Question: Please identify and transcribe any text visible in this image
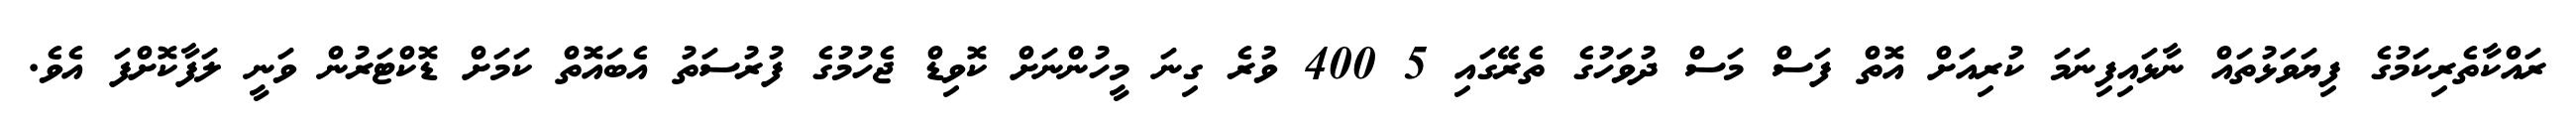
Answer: ރައްކާތެރިކަމުގެ ފިޔަވަޅުތައް ނާޅައިފިނަމަ ކުރިއަށް އޮތް ފަސް މަސް ދުވަހުގެ ތެރޭގައި 5 400 ވުރެ ގިނަ މީހުންނަށް ކޮވިޑް ޖެހުމުގެ ފުރުސަތު އެބައޮތް ކަމަށް ޑޮކްޓަރުން ވަނީ ލަފާކޮށްފަ އެވެ.